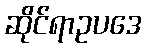
ဆိုင်ရာဥပဒေ